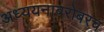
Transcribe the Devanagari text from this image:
अध्ययनाबरोबरच